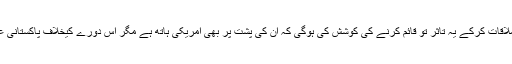
ہمارے تمام سیاستدانوں نے ان اصحاب سے ملاقات کرکے یہ تاثر تو قائم کرنے کی کوشش کی ہوگی کہ ان کی پشت پر بھی امریکی ہاتھ ہے مگر اس دورے کیخلاف پاکستانی عوام کے جذبات کو وہ لوگ سمجھ نہیں سکے۔